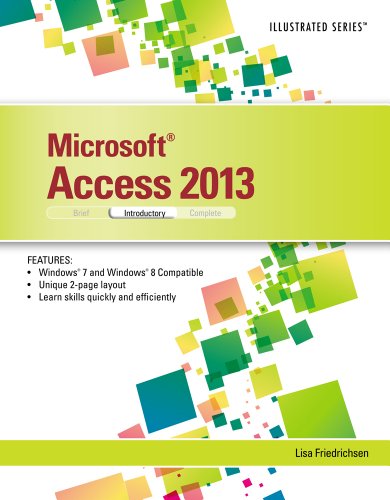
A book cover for Microsoft Access 2013: Illustrated Introductory; Lisa Friedrichsen; Computers & Technology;